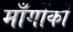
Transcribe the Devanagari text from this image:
माँगोंको